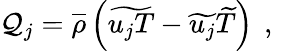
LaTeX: \mathcal{Q}_{j}=\overline{{\rho}}\left(\widetilde{u_{j}T}-\widetilde{u_{j}}\widetilde{T}\right)\, \mathrm{~,~}